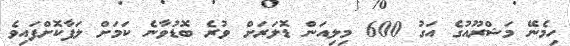
ހިމެނޭ މަޝްރޫއުގެ އަގު 600 މިލިއަން ޑޮލަރަށް ވުރެ ބޮޑުވާނެ ކަމަށް ލަފާކޮށްފައިވެ